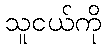
သူငယ်ကို